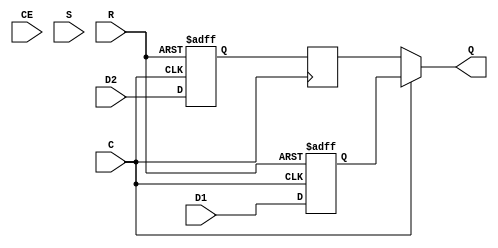
module ODDR (/*AUTOARG*/
   // Outputs
   Q,
   // Inputs
   C, CE, D1, D2, R, S
   );

   parameter DDR_CLK_EDGE=0; //clock recovery mode
   parameter INIT=0; //Q init value
   parameter SRTYPE=0;//"SYNC", "ASYNC"
   
   input  C;    // Clock input
   input  CE;   // Clock enable input
   input  D1;   // Data input1
   input  D2;   // Data input2
   input  R;    // Reset (depends on SRTYPE)
   input  S;    // Active high asynchronous pin
   output Q;    // Data Output that connects to the IOB pad

   reg 	  Q1,Q2;
   reg 	  Q2_reg;
   
   //Generate different logic based on parameters

   //Only doing same edge and async reset for now   
   
   always @ (posedge C or posedge R)
     if (R)
       Q1 <= 1'b0;
     else
       Q1 <= D1;

   always @ (posedge C or posedge R)
     if (R)
       Q2 <= 1'b0;
     else
       Q2 <= D2;
  
   always @ (negedge C)
     Q2_reg <= Q2;
      
   assign Q = C ? Q1 : Q2_reg;
      
endmodule